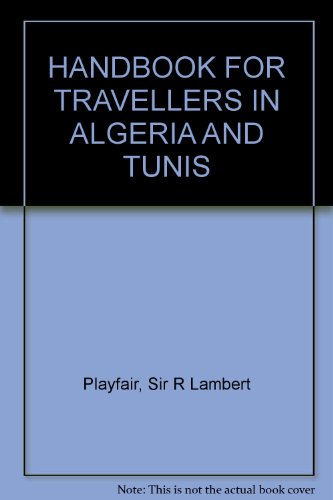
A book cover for HANDBOOK FOR TRAVELLERS IN ALGERIA AND TUNIS; Sir R Lambert Playfair; Travel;